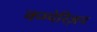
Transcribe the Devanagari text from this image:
कम्पेरिज़न